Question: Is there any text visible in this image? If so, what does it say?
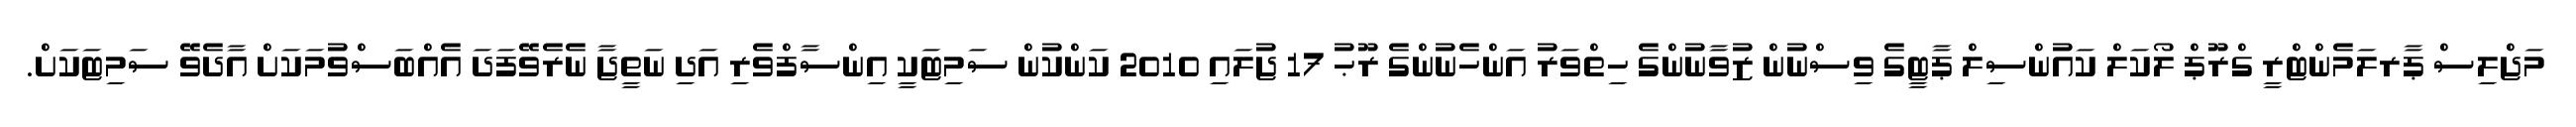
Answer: މަޖްލިސް ޕާރލަމެންޓްރީ ގްރޫޕް ލޯކަލް ކައުންސިލް ޕާޓީގެ ވިސްނުން ޒުވާނުންގެ ހިތްވަރު އަންހެނުންގެ ރޫޙު 17 ޖުލައި 2010 ކަންކުން ސަމިޓަކީ އިންސާފްވެރި އަދި ނަތީޖާ ނެރެވޭފަދަ އެއްބަސްވުމަކަށް އާދެވޭ ސަމިޓަކަށް.